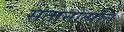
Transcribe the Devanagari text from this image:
संतोनोत्पत्ति